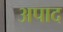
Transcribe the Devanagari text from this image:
अपाद